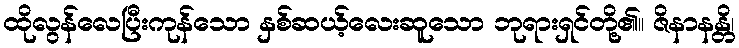
ထိုလွန်လေပြီးကုန်သော နှစ်ဆယ့်လေးဆူသော ဘုရားရှင်တို့၏။ ဇိနာနန္တိ၊